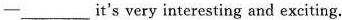
-___it's very interesting and exciting.